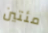
مئتين